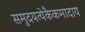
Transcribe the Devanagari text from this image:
समुदयत्येकैकमादाय